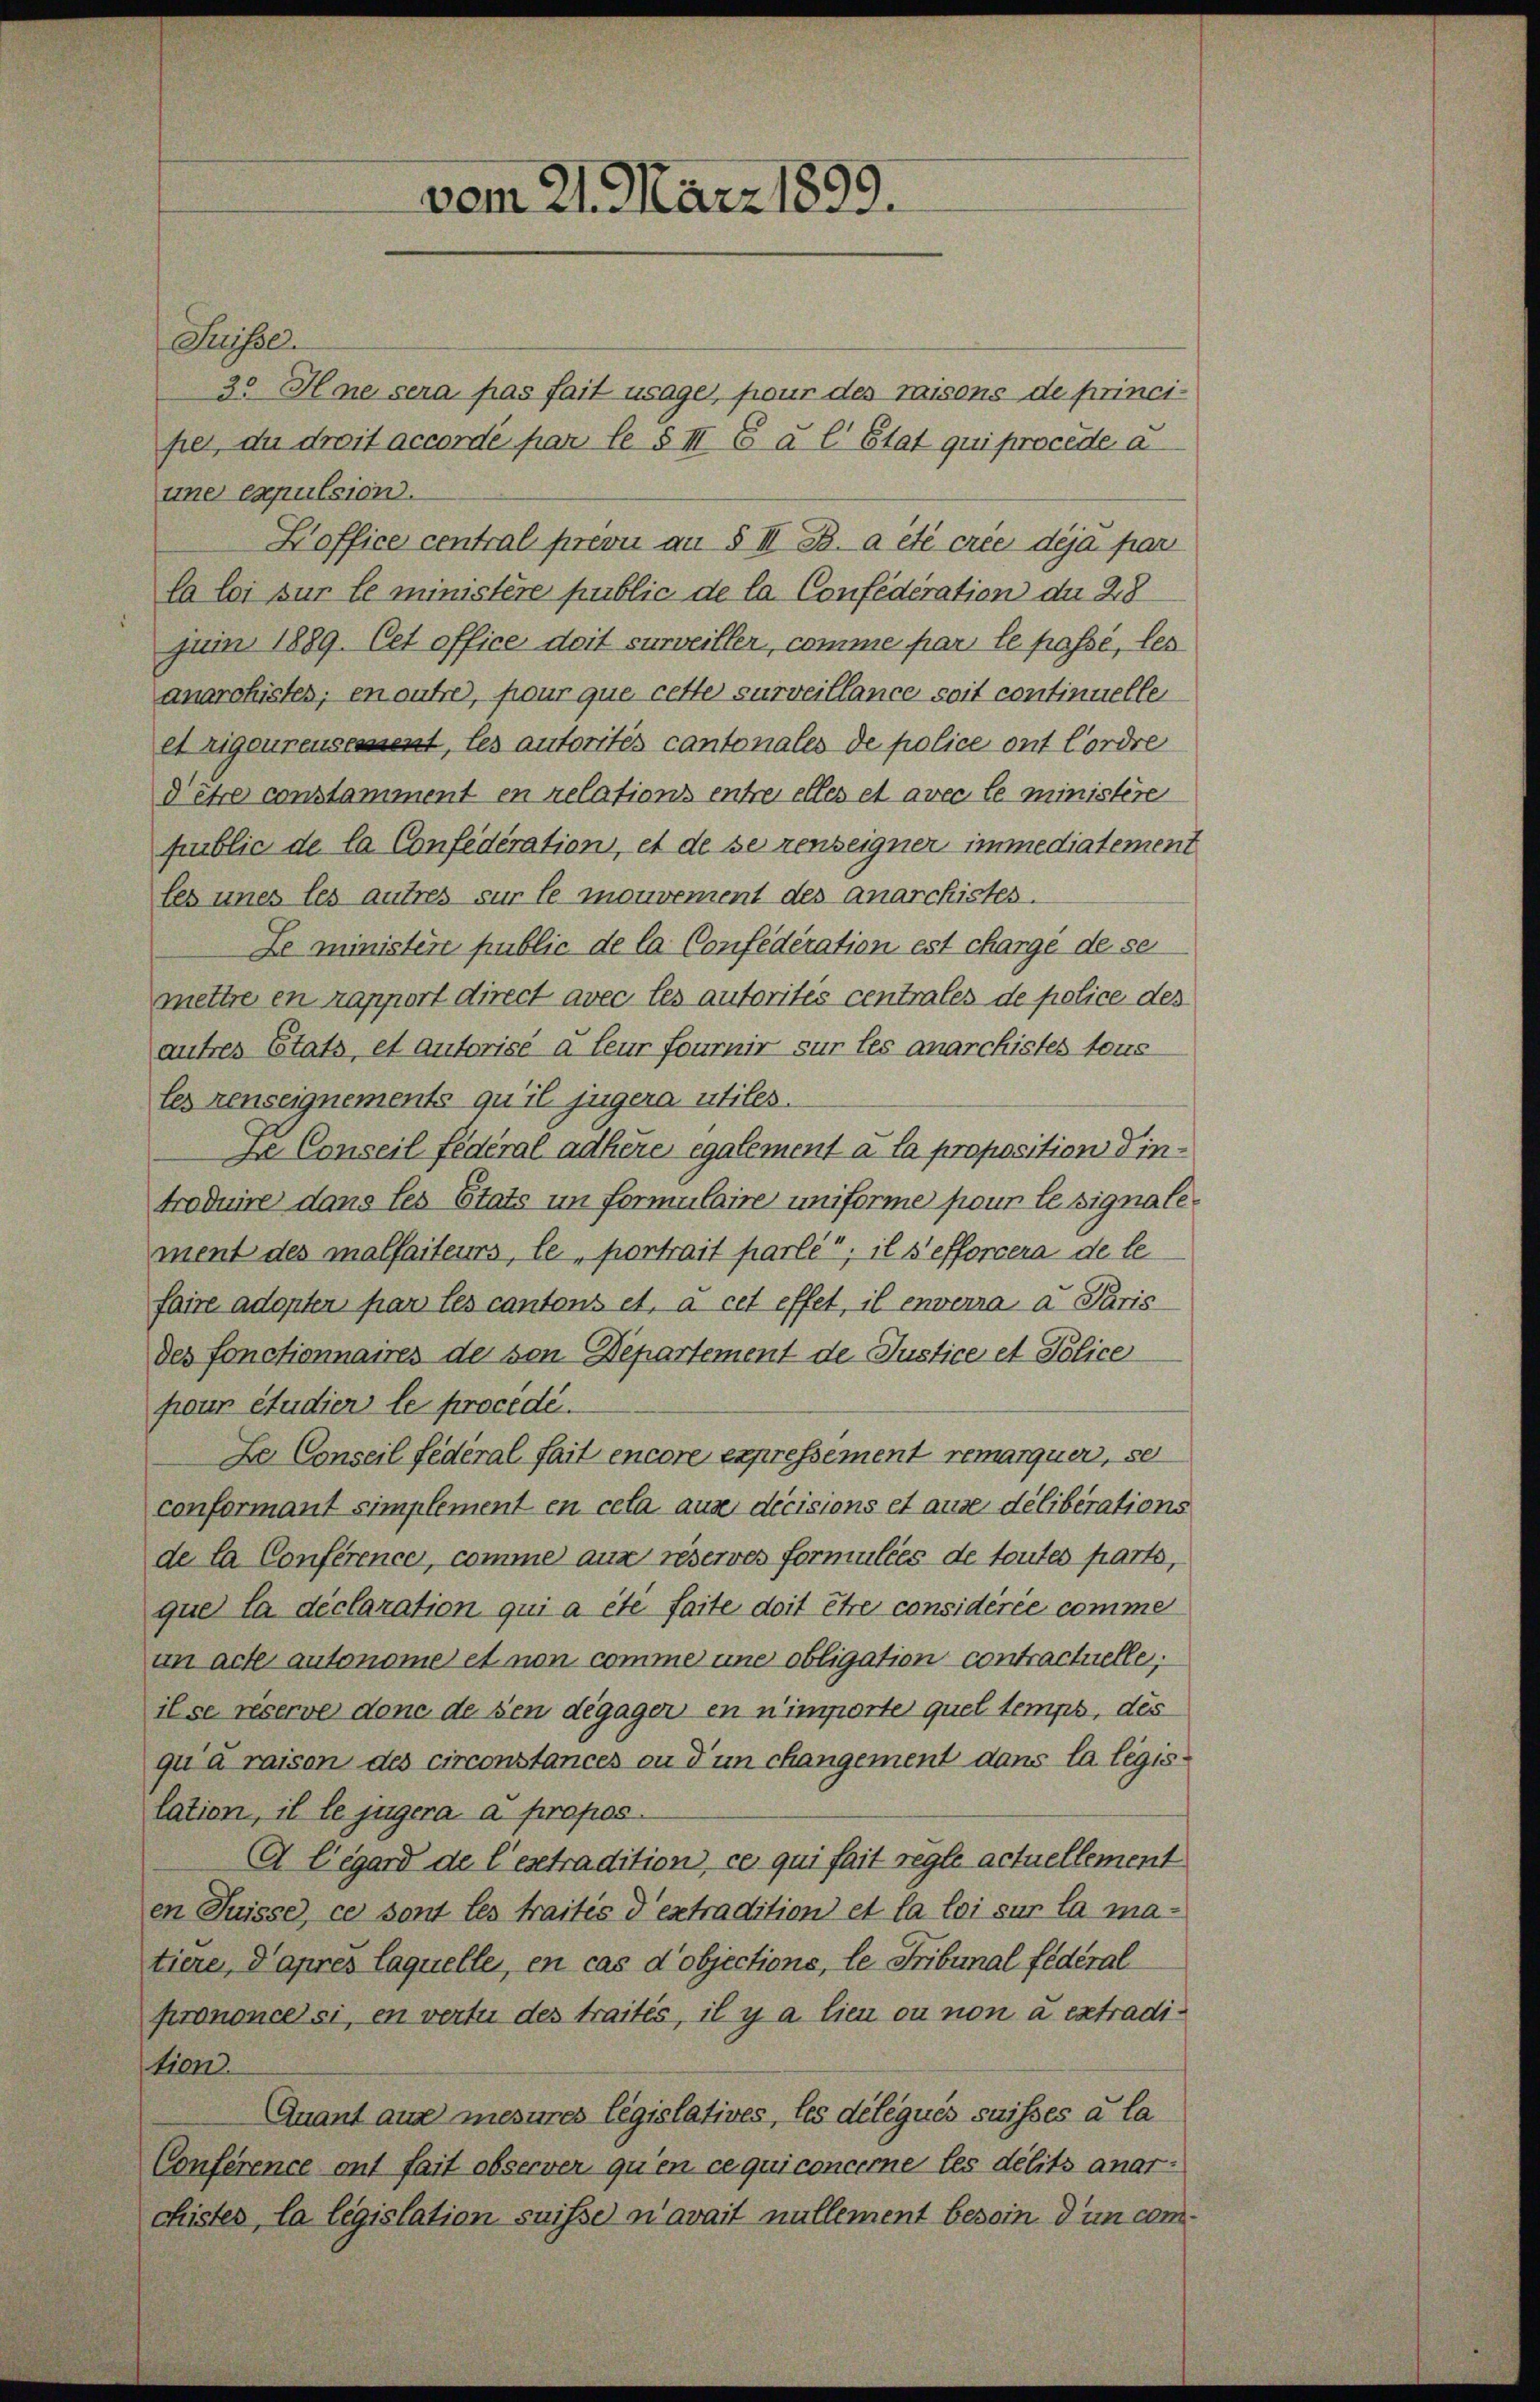
Suisser
3. Hare sera pas fait usage, pour des raisons de princi-
per, du droit accordé par le § III E à l’Etat qui procede a
une capulsion.
Koffice central prévu au § III. B. a été crée déjà par
la loi sur le ministère public de la Confederation du 28
juin 1889. Cet office doit surveiller, comme par le passé, les
anarchisses; en aufre), four que cette surveillance soit continuelle
et Zigeureusement, les autorités cantonales de police ont Cordre
d’être constamment en relations entre elles et avec le ministere
public de la Confédération, et de sezenseigner immediatement
les unes les autres sur le mouvement des Anarchistes.
Le ministere public de la Confederation est charge de se
mettre en rapport direct avec les autorités centrales de police des
autres Etats, et autorisé à feur fournir sur les anarchistes tous
les renseignements qu’il jugera utiles.
ze Conseil fédéral adhère egalement à la proposition Tintroduire dans les Etats im Formulaire uniforme pour le signalement des malfaiteurs, le portrait parlé“; il s'efforcera de le
faire adopten par les cantons et. a cet effet, il enverra a Paris
des fonctionnaires der von Departement de Justice et Police
pour étudiers le procédé.
Le Conseil fédéral fait encore expressement remarquer, se
conformant simplement en cela aus decisions et ause deliberations
de la Conference, comme aus reserves formulies de toutes parts,
quel la déclaration qui a été faite doit être considérée comme
un acte autonome et non comme une obligation contractuelle;
il se réserve donc de seu dégager en nimporter quel temps, des
qu’ à raison des circonstances ou d’un changement dans la législation, il le jugera a propos.
G Cigard de l’extradition, ce qui fait regle actuellement
en Suisse, ce sont les traités d’extradition et la loi sur la ma-
tiere, Paprès laquelle, en cas d’objections, le Tribunal fédéral
prononcessi, en vertu des traités, il y a lieu ou non à extradition.
Quant aus mesures législatives, les délégués suisses à la
Conference ont fait observer qu’en ce qui concerne les delits anar:
chistes, la législation suisse n’avait nullement besoin d’un com¬

vom 21. März 1859.